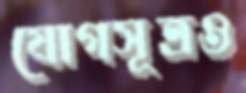
যোগসূত্রও